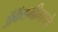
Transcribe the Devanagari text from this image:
अॅकॅडमीमध्ये